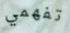
تفهمي